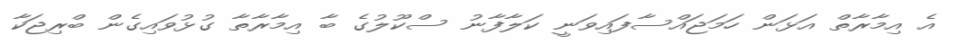
އެ އިމާރާތް އަޅަން ހަމަޖައްސާފައިވަނީ ކަލާފާނު ސްކޫލުގެ ބާ އިމާރާތާ ގުޅުވައިގެން ބްރިޖަކާ